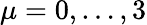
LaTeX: \mu=0,\dots,3